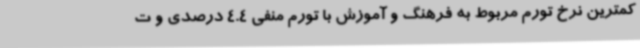
کمترین نرخ تورم مربوط به فرهنگ و آموزش با تورم منفی 4.4 درصدی و ت